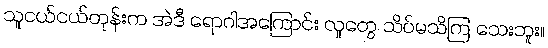
သူငယ်ငယ်တုန်းက အဲဒီ ရောဂါအကြောင်း လူတွေ သိပ်မသိကြ သေးဘူး။